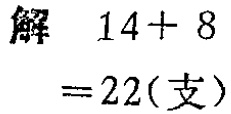
解 \(14 + 8\)

\(= 22(\text{支})\)